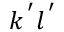
k ^ { \, ^ { \prime } } l ^ { \, ^ { \prime } }